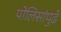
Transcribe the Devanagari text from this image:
पोलिसांपुढे